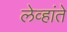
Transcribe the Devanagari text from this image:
लेव्हांते